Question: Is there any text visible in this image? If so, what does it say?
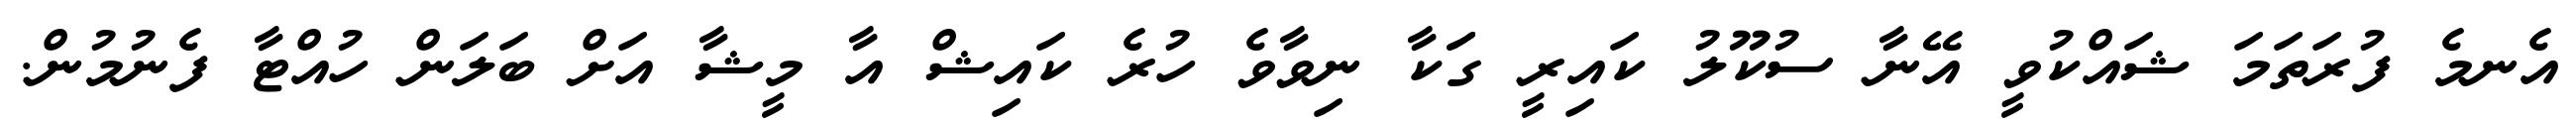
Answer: އެނމެ ފުރަތަމަ ޝައްކުވީ އޭނާ ސުކޫލު ކައިރީ ގަަކާ ނިވާވެ ހުރެ ކައިޝް އާ މީޝާ އަށް ބަލަން ހުއްޓާ ފެނުމުން.